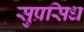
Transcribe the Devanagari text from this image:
सुप्रसिध